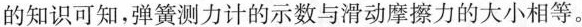
的知识可知，弹簧测力计的示数与滑动摩擦力的大小相等。